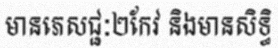
មានភេសជ្ជៈ២កែវ និងមានសិទ្ធិ